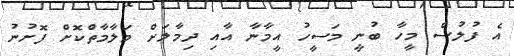
އެ ފުލުސް މީހާ ބުނީ މަސީހު އީމާނާ އާއި ދިމާލަށް މަލާމާތްކޮށް ފޮށުނު